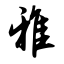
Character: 雅